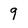
Character: 9